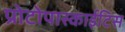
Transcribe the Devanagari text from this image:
प्रोटोपास्काईटिस